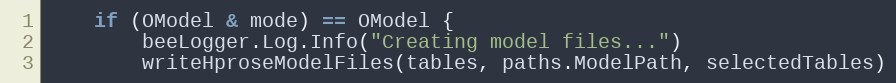
Language: Go
	if (OModel & mode) == OModel {
		beeLogger.Log.Info("Creating model files...")
		writeHproseModelFiles(tables, paths.ModelPath, selectedTables)